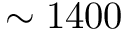
\sim 1 4 0 0